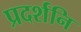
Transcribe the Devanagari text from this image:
प्रदर्शनि